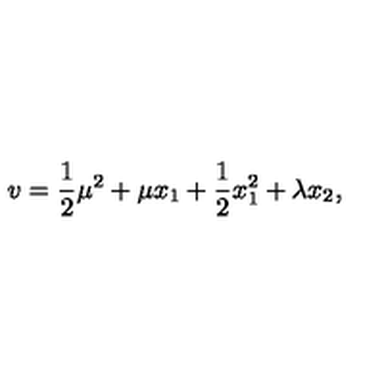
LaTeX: v = \frac { 1 } { 2 } \mu ^ { 2 } + \mu x _ { 1 } + \frac { 1 } { 2 } x _ { 1 } ^ { 2 } + \lambda x _ { 2 } ,